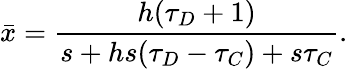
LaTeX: \bar{x}=\frac{h(\tau_{D}+1)}{s+hs(\tau_{D}-\tau_{C})+s\tau_{C}}.